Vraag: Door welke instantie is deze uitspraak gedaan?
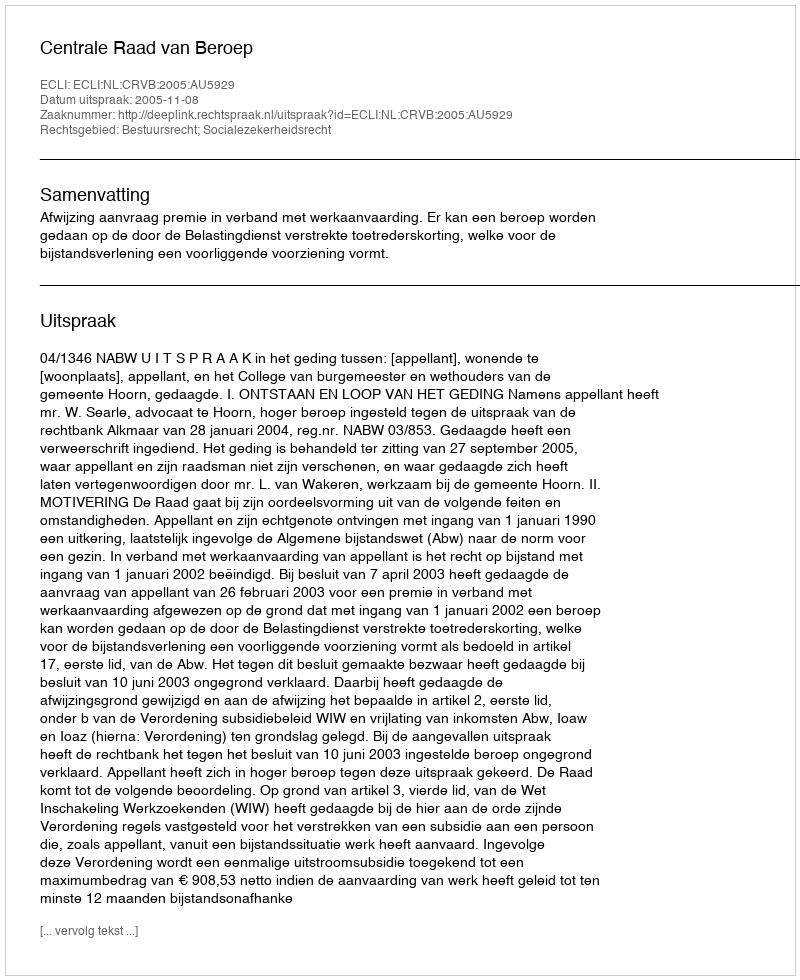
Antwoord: Centrale Raad van Beroep